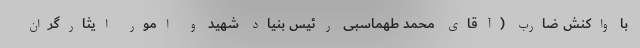
با واکنش ضارب (آقای محمد طهماسبی رئیس بنیاد شهید و امور ایثارگران